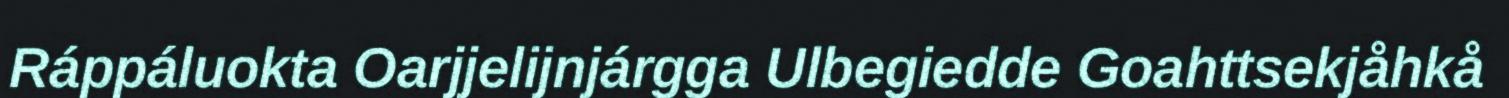
Ráppáluokta Oarjjelijnjárgga Ulbegiedde Goahttsekjåhkå